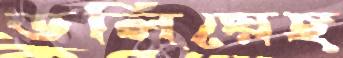
ডলিয়েছ